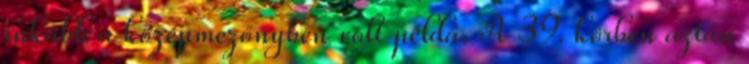
inkább a középmezőnyben volt példa. A 39. körben aztán